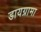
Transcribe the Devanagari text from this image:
डायग्रामा